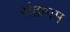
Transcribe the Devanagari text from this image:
संक्रमम